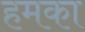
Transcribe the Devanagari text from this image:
हमका